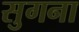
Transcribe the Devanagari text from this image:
सुगना